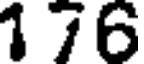
176